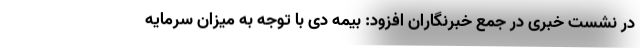
در نشست خبری در جمع خبرنگاران افزود: بیمه دی با توجه به میزان سرمایه